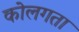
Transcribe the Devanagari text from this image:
कोलगता